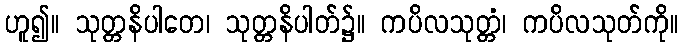
ဟူ၍။ သုတ္တနိပါတေ၊ သုတ္တနိပါတ်၌။ ကပိလသုတ္တံ၊ ကပိလသုတ်ကို။